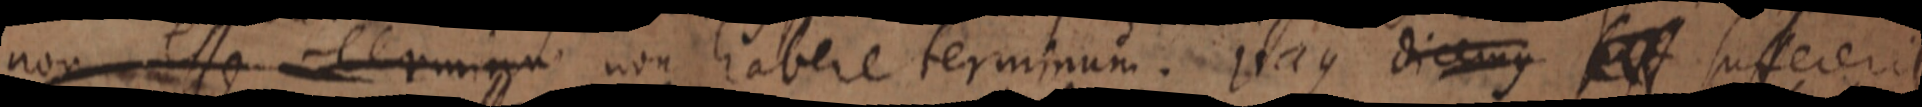
non esse terminu non habere terminum. itaque dicemus _ suffecerit